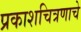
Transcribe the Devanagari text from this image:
प्रकाशचित्रणाचे